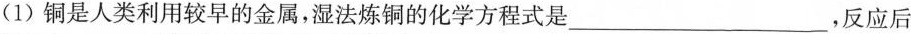
1)铜是人类利用较早的金属，湿法炼铜的化学方程式是___，反应后